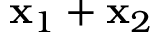
\mathbf { x } _ { 1 } + \mathbf { x } _ { 2 }